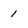
Character: 1